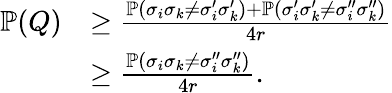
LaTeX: \begin{array}{rl}{\mathbb{P}(Q)}&{\ge\frac{\mathbb{P}(\sigma_{i}\sigma_{k}\ne\sigma_{i}^{\prime}\sigma_{k}^{\prime})+\mathbb{P}(\sigma_{i}^{\prime}\sigma_{k}^{\prime}\ne\sigma_{i}^{\prime\prime}\sigma_{k}^{\prime\prime})}{4r}}\\ &{\ge\frac{\mathbb{P}(\sigma_{i}\sigma_{k}\ne\sigma_{i}^{\prime\prime}\sigma_{k}^{\prime\prime})}{4r}.}\end{array}